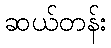
ဆယ်တန်း